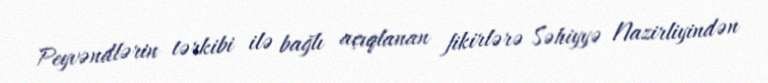
Peyvəndlərin tərkibi ilə bağlı açıqlanan fikirlərə Səhiyyə Nazirliyindən